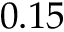
0 . 1 5